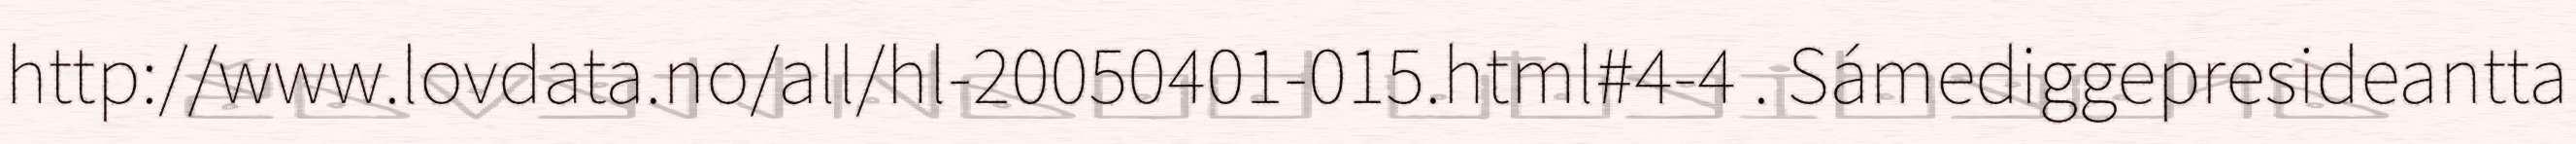
http://www.lovdata.no/all/hl-20050401-015.html#4-4 . Sámediggepresideantta